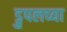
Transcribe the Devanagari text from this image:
ड्रुपलच्या